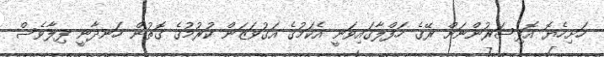
ހަށިހެޔޮ އޮފިސަރުންނަށް ރޭގެ ހަފްލާގައިވަނީ އެކަމުގެ އަގުވަޒަން ކުރުމުގެ ގޮތުން ހަނދާނީ ފިލާވެސް